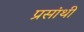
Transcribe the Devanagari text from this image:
प्रसांथी